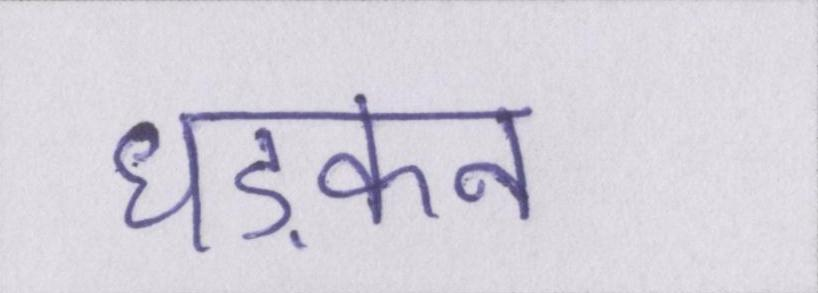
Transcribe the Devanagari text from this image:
धड़कन